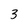
Character: 3